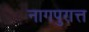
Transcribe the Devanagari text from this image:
नागपुरात्त